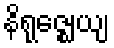
နိရုဇ္ဈေယျ